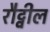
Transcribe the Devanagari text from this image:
रौट्वील